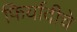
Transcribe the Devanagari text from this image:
फिर्यादीचे